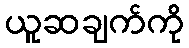
ယူဆချက်ကို